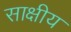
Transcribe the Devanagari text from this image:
साक्षीय